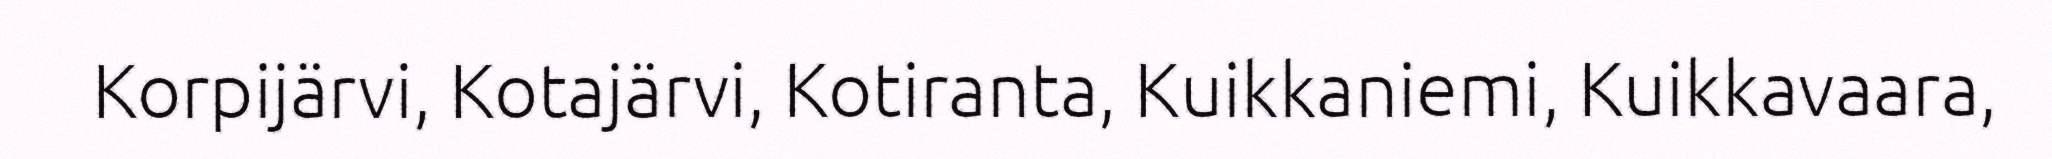
Korpijärvi, Kotajärvi, Kotiranta, Kuikkaniemi, Kuikkavaara,